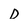
Character: D